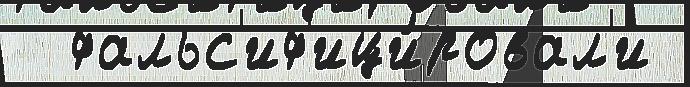
  фальс'иф'ици́ровал'и